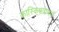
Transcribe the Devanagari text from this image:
कास्किश्रवामध्ये